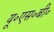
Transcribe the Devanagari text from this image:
यू॰एस॰बी॰